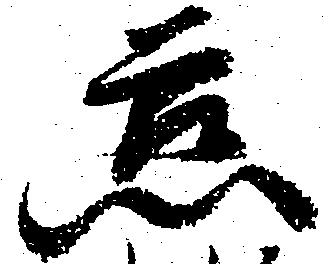
慈